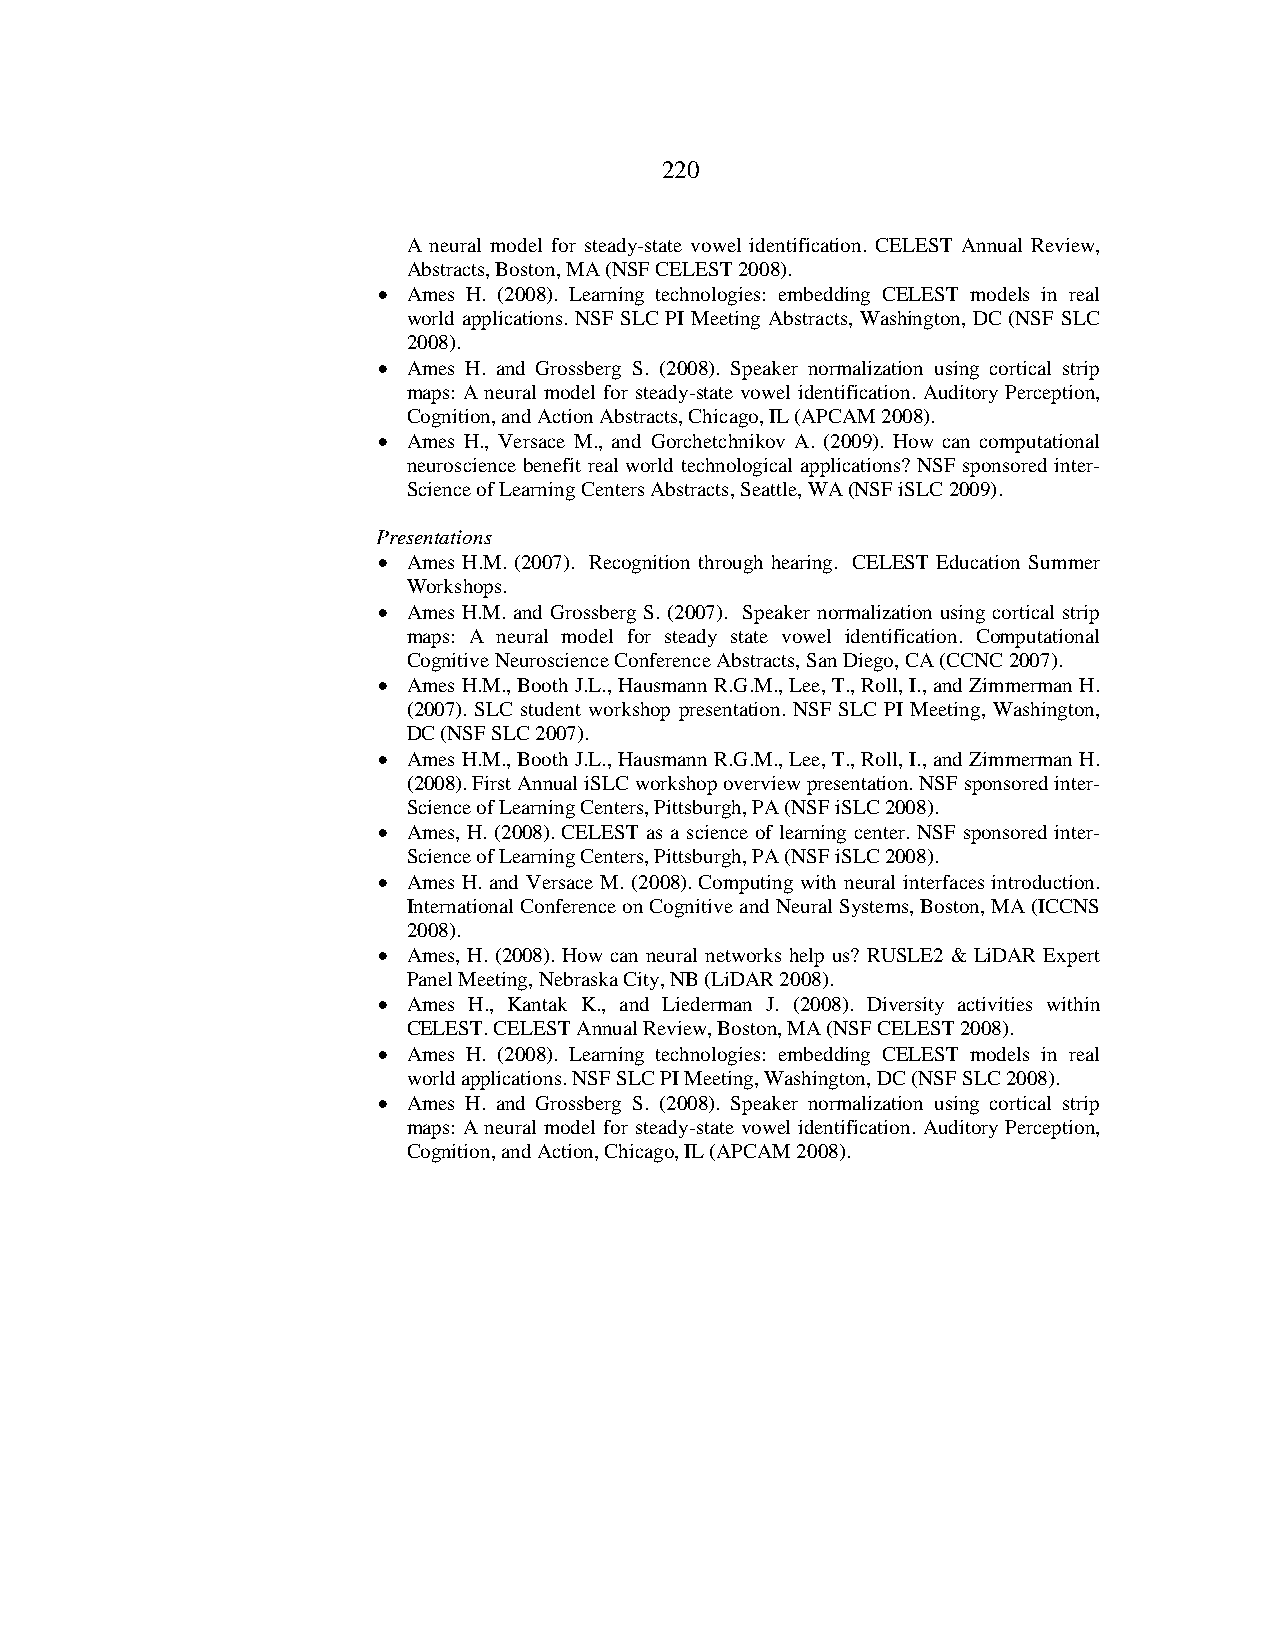
220
 A neural model for steady-state vowel identification. CELEST Annual Review,
 Abstracts, Boston, MA (NSF CELEST 2008).
 • Ames H. (2008). Learning technologies: embedding CELEST models in real
 world applications. NSF SLC PI Meeting Abstracts, Washington, DC (NSF SLC
 2008).
 • Ames H. and Grossberg S. (2008). Speaker normalization using cortical strip
 maps: A neural model for steady-state vowel identification. Auditory Perception,
 Cognition, and Action Abstracts, Chicago, IL (APCAM 2008).
 • Ames H., Versace M., and Gorchetchnikov A. (2009). How can computational
 neuroscience benefit real world technological applications? NSF sponsored inter-
 Science of Learning Centers Abstracts, Seattle, WA (NSF iSLC 2009).
 Presentations
 • Ames H.M. (2007). Recognition through hearing. CELEST Education Summer
 Workshops.
 • Ames H.M. and Grossberg S. (2007). Speaker normalization using cortical strip
 maps: A neural model for steady state vowel identification. Computational
 Cognitive Neuroscience Conference Abstracts, San Diego, CA (CCNC 2007).
 • Ames H.M., Booth J.L., Hausmann R.G.M., Lee, T., Roll, I., and Zimmerman H.
 (2007). SLC student workshop presentation. NSF SLC PI Meeting, Washington,
 DC (NSF SLC 2007).
 • Ames H.M., Booth J.L., Hausmann R.G.M., Lee, T., Roll, I., and Zimmerman H.
 (2008). First Annual iSLC workshop overview presentation. NSF sponsored inter-
 Science of Learning Centers, Pittsburgh, PA (NSF iSLC 2008).
 • Ames, H. (2008). CELEST as a science of learning center. NSF sponsored inter-
 Science of Learning Centers, Pittsburgh, PA (NSF iSLC 2008).
 • Ames H. and Versace M. (2008). Computing with neural interfaces introduction.
 International Conference on Cognitive and Neural Systems, Boston, MA (ICCNS
 2008).
 • Ames, H. (2008). How can neural networks help us? RUSLE2 & LiDAR Expert
 Panel Meeting, Nebraska City, NB (LiDAR 2008).
 • Ames H., Kantak K., and Liederman J. (2008). Diversity activities within
 CELEST. CELEST Annual Review, Boston, MA (NSF CELEST 2008).
 • Ames H. (2008). Learning technologies: embedding CELEST models in real
 world applications. NSF SLC PI Meeting, Washington, DC (NSF SLC 2008).
 • Ames H. and Grossberg S. (2008). Speaker normalization using cortical strip
 maps: A neural model for steady-state vowel identification. Auditory Perception,
 Cognition, and Action, Chicago, IL (APCAM 2008).